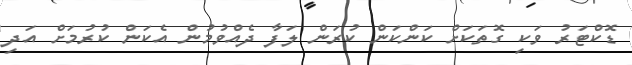
ޑޮކްޓަރު ވަކި ގޮތަކަށް ކަންކަން ކުރަން ލަފާ ދެއްވުމުން އެކަން ކުރުމަށް އަދި